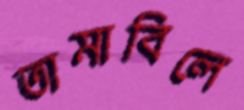
তামাবিলে